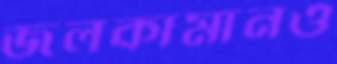
জলকামানও